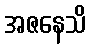
အဇနေသိ